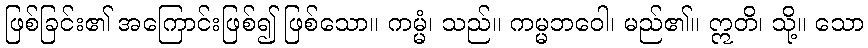
ဖြစ်ခြင်း၏ အကြောင်းဖြစ်၍ ဖြစ်သော။ ကမ္မံ၊ သည်။ ကမ္မဘဝေါ၊ မည်၏။ ဣတိ၊ သို့။ သော